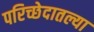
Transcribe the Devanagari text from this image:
परिच्छेदातल्या